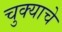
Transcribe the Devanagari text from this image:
चुक्याचे